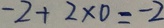
- 2 + 2 \times 0 = - 2